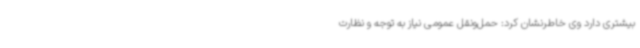
بیشتری دارد وی خاطرنشان کرد: حمل‌ونقل عمومی نیاز به توجه و نظارت